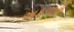
અકળાતી